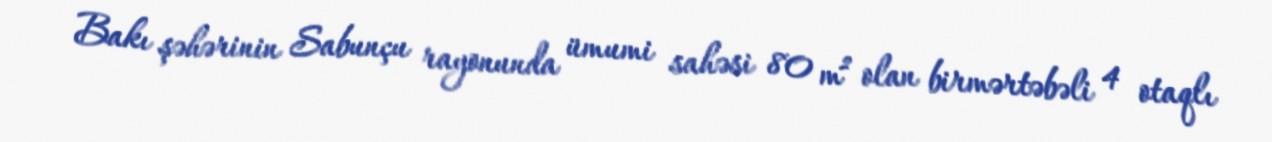
Bakı şəhərinin Sabunçu rayonunda ümumi sahəsi 80 m² olan birmərtəbəli 4 otaqlı